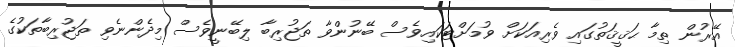
އޭރުން ތިމާ ޙަޤީޤަތުގައި ވެރިއަކަށް ވުމަށްޓަކައިވެސް ބޭނުންވާ ތަޖުރިބާ ލިބޭނީވެސް މިދެންނެވި ތަޖުރިބާތަކުގެ